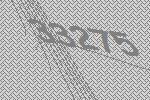
33275